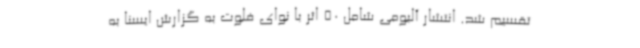
تقسیم شد. انتشار آلبومی شامل 50 اثر با نوای فلوت به گزارش ایسنا به